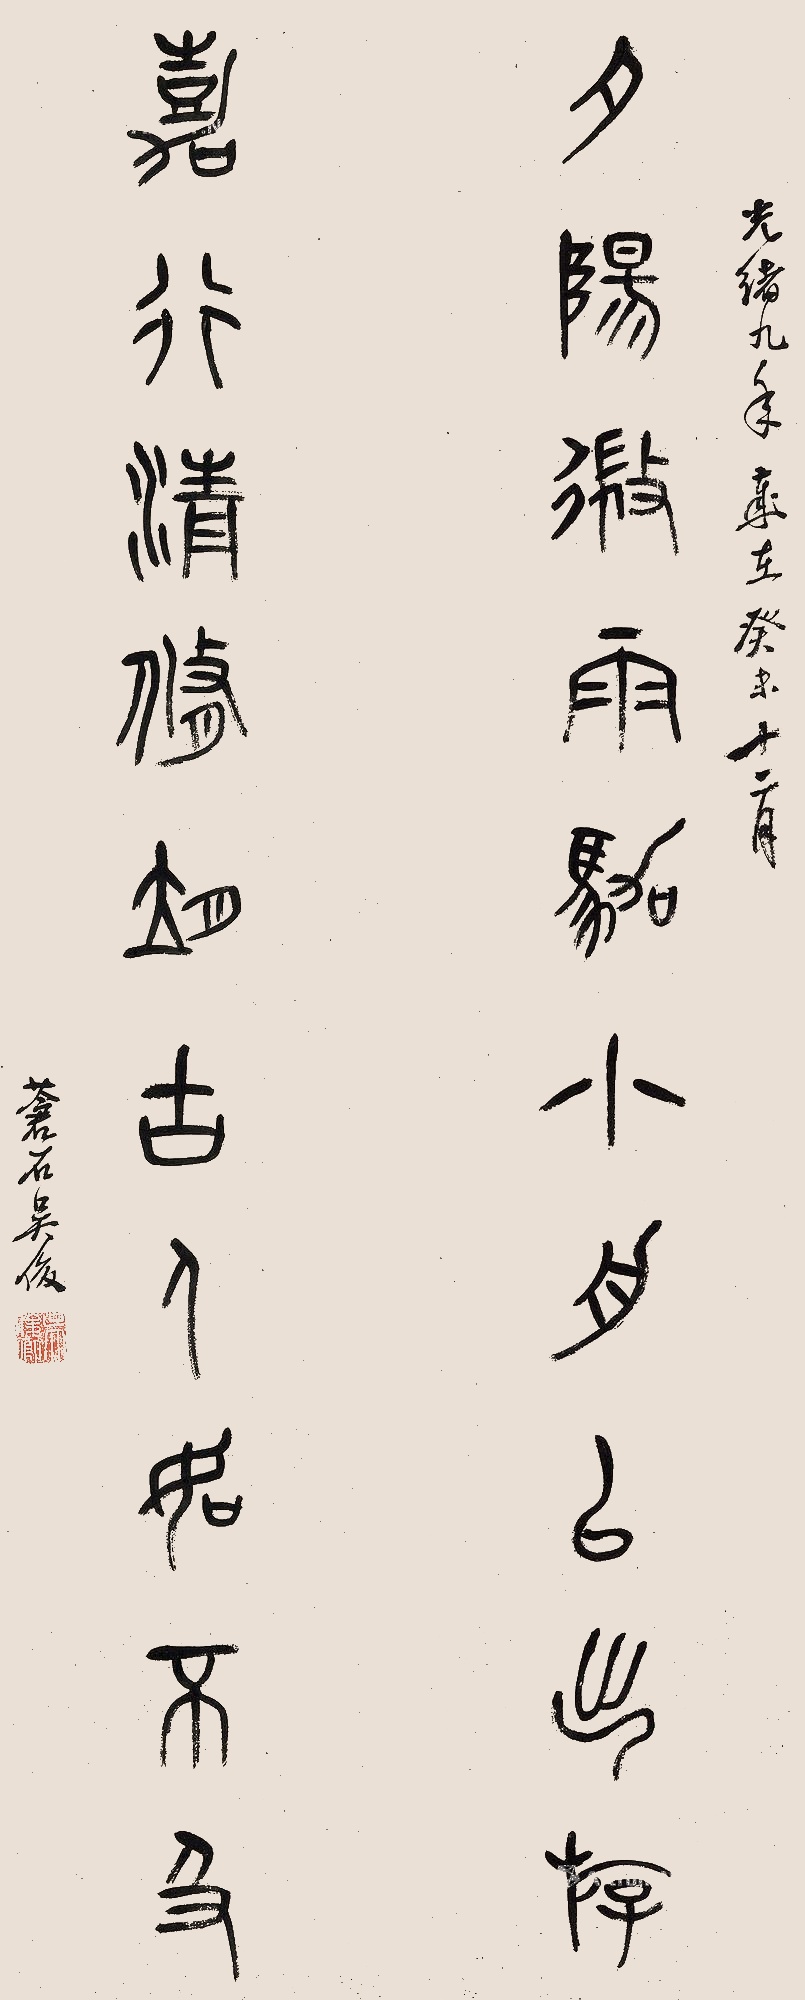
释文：夕阳微雨，驾小舟以出游。嘉行清修，望古人如不及。光绪九年岁在癸未（1883年）十二月，苍石吴俊。